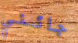
جائني